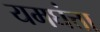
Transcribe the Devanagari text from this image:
यमघंत्ता